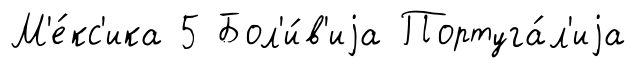
М'е́кс'ика 5 Бол'и́в'иjа Португа́л'иjа